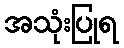
အသုံးပြုရ